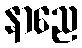
နာညေ